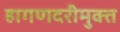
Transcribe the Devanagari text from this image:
हागणदरीमुक्त